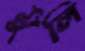
মুলি